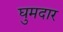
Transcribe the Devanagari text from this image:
घुमदार